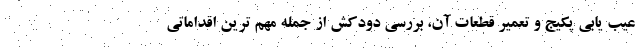
عیب یابی پکیج و تعمیر قطعات آن، بررسی دودکش از جمله مهم ترین اقداماتی